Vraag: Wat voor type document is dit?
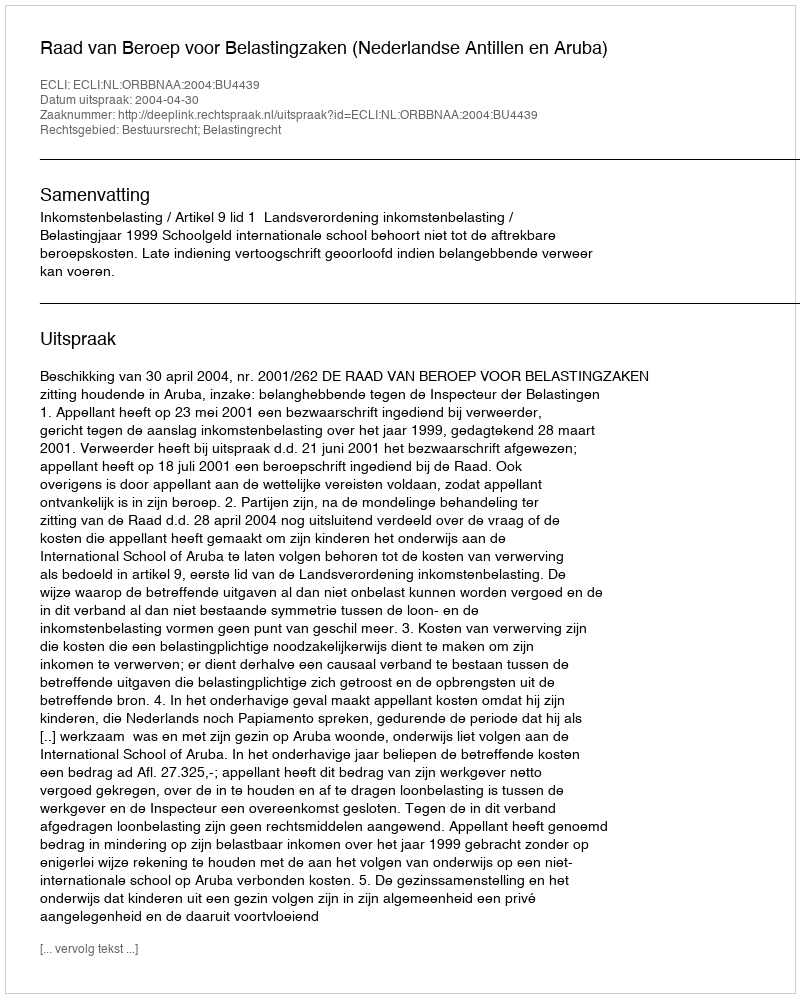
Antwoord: Uitspraak